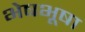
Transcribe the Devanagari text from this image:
भेषभूषा